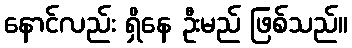
နောင်လည်း ရှိနေ ဦးမည် ဖြစ်သည်။